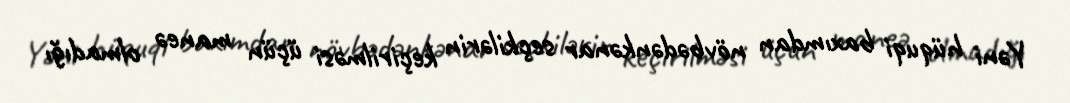
Yəni hüquqi baxımdan növbədənkənar seçkilərin keçirilməsi üçün maneə olmadığı